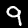
Digit: 9